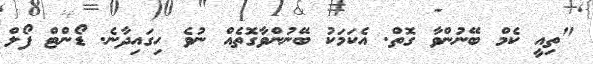
"ތިއީ ކެމް ބޭނުންވާ ގޮތް. އެކަމަކު ބޭނުންވާގޮތެއް ނުވެ ހިގައިދާނެ. ޑޯންޓް ފޯލް